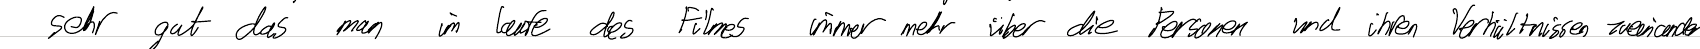
sehr gut das man in laufe des Filmes immer mehr über die Personen und ihren Verhältnissen zueinander